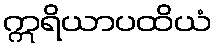
ဣရိယာပထိယံ